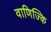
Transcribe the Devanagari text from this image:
वाणिज्कि